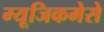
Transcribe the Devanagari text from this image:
म्यूजिकमेसे